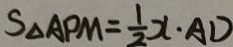
S _ { \Delta } A P M = \frac { 1 } { 2 } x \cdot A D